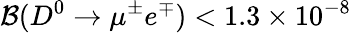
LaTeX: {\cal B}(D^{0}\to\mu^{\pm}e^{\mp})<1.3\times 10^{-8}